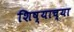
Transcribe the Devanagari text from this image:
शिष्याच्या